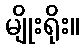
မျိုးရိုး။